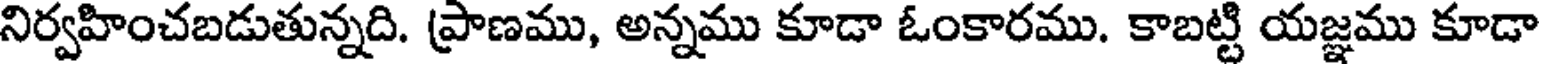
నిర్వహించబడుతున్నది. ప్రాణము, అన్నము కూడా ఓంకారము. కాబట్టి యజ్ఞము కూడా